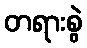
တရားစွဲ